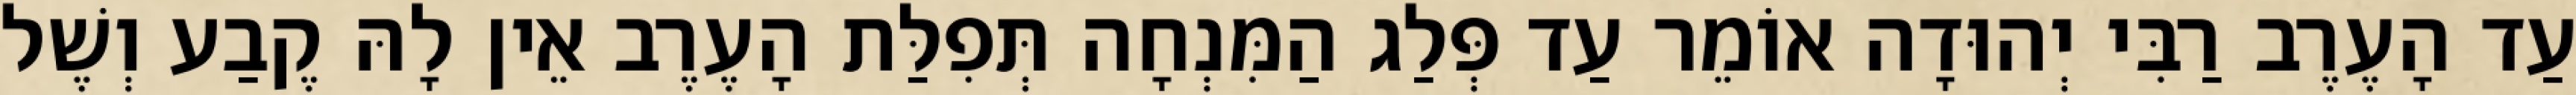
עַד הָעֶרֶב רַבִּי יְהוּדָה אוֹמֵר עַד פְּלַג הַמִּנְחָה תְּפִלַּת הָעֶרֶב אֵין לָהּ קֶבַע וְשֶׁל